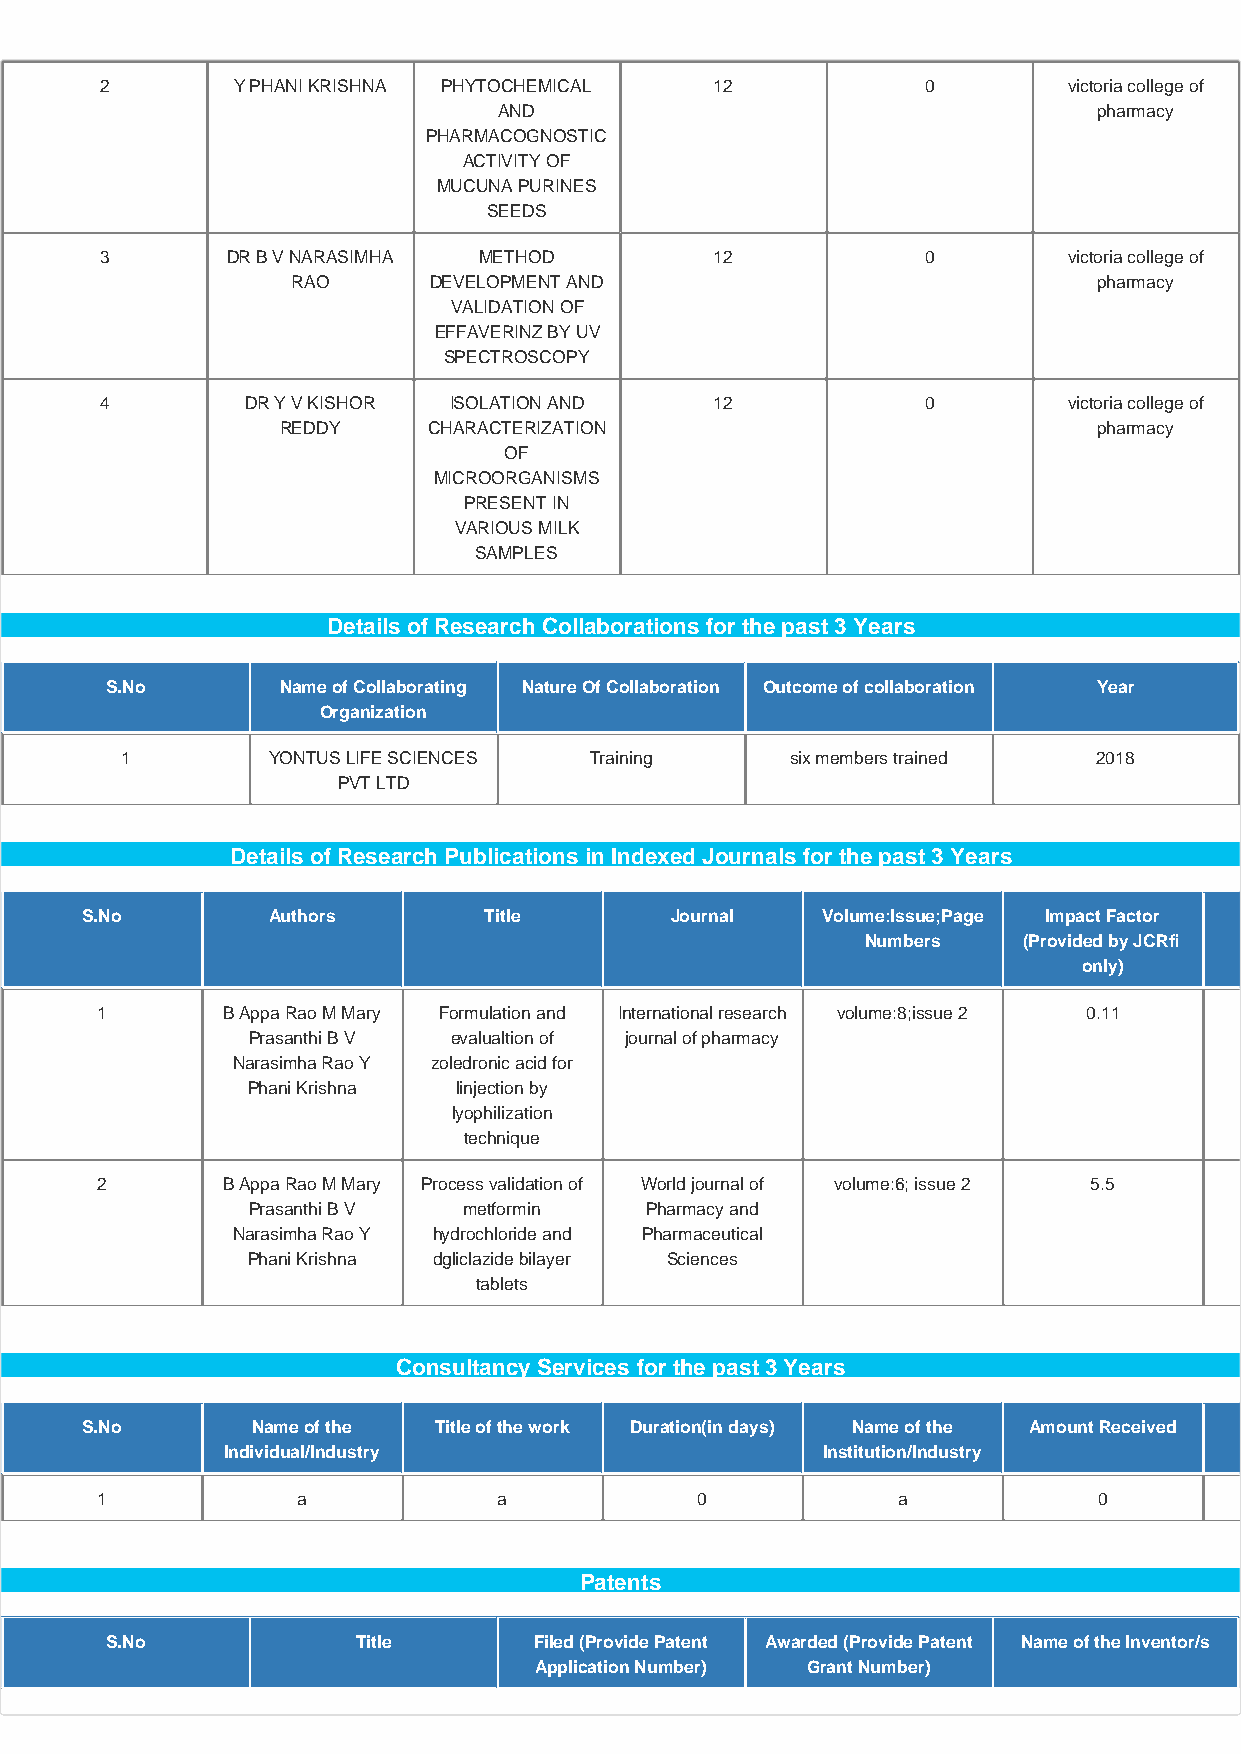
2       Y PHANI KRISHNA PHYTOCHEMICAL   12            0         victoria college of
 AND                                     pharmacy
 PHARMACOGNOSTIC
 ACTIVITY OF
 MUCUNA PURINES
 SEEDS
 3       DR B V NARASIMHA METHOD         12            0         victoria college of
 RAO      DEVELOPMENT AND                              pharmacy
 VALIDATION OF
 EFFAVERINZ BY UV
 SPECTROSCOPY
 4        DR Y V KISHOR ISOLATION AND    12            0         victoria college of
 REDDY     CHARACTERIZATION                             pharmacy
 OF
 MICROORGANISMS
 PRESENT IN
 VARIOUS MILK
 SAMPLES
 Details of Research Collaborations for the past 3 Years
 S.No        Name of Collaborating Nature Of Collaboration Outcome of collaboration Year
 Organization
 1         YONTUS LIFE SCIENCES Training     six members trained  2018
 PVT LTD
 Details of Research Publications in Indexed Journals for the past 3 Years
 S.No         Authors       Title       Journal   Volume:Issue;Page Impact Factor
 Numbers    (Provided by JCRfi
 only)
 1        B Appa Rao M Mary Formulation and International research volume:8;issue 2 0.11
 Prasanthi B V evalualtion of journal of pharmacy
 Narasimha Rao Y zoledronic acid for
 Phani Krishna linjection by
 lyophilization
 technique
 2        B Appa Rao M Mary Process validation of World journal of volume:6; issue 2 5.5
 Prasanthi B V  metformin   Pharmacy and
 Narasimha Rao Y hydrochloride and Pharmaceutical
 Phani Krishna dgliclazide bilayer Sciences
 tablets
 Consultancy Services for the past 3 Years
 S.No        Name of the Title of the work Duration(in days) Name of the Amount Received
 Individual/Industry                    Institution/Industry
 1             a            a            0            a             0
 Patents
 S.No             Title      Filed (Provide Patent Awarded (Provide Patent Name of the Inventor/s
 Application Number) Grant Number)